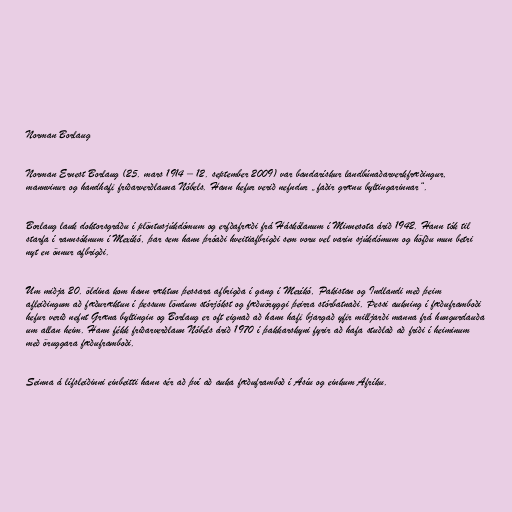
Norman Borlaug

Norman Ernest Borlaug (25. mars 1914 – 12. september 2009) var bandarískur landbúnaðarverkfræðingur,
mannvinur og handhafi friðarverðlauna Nóbels. Hann hefur verið nefndur „faðir grænu byltingarinnar“.

Borlaug lauk doktorsgráðu í plöntusjúkdómum og erfðafræði frá Háskólanum í Minnesota árið 1942. Hann tók til
starfa í rannsóknum í Mexíkó, þar sem hann þróaði hveitiafbrigði sem voru vel varin sjúkdómum og höfðu mun betri
nyt en önnur afbrigði.

Um miðja 20. öldina kom hann ræktun þessara afbrigða í gang í Mexíkó, Pakistan og Indlandi með þeim
afleiðingum að fæðuræktun í þessum löndum stórjókst og fæðuöryggi þeirra stórbatnaði. Þessi aukning í fæðuframboði
hefur verið nefnt Græna byltingin og Borlaug er oft eignað að hann hafi bjargað yfir milljarði manna frá hungurdauða
um allan heim. Hann fékk friðarverðlaun Nóbels árið 1970 í þakkarskyni fyrir að hafa stuðlað að friði í heiminum
með öruggara fæðuframboði.

Seinna á lífsleiðinni einbeitti hann sér að því að auka fæðuframboð í Asíu og einkum Afríku.